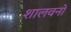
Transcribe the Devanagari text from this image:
शालवनों